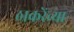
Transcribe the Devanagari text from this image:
ठाकरेंच्या